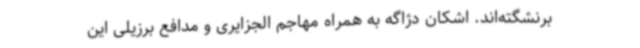
برنشگته‌اند. اشکان دژاگه به همراه مهاجم الجزایری و مدافع برزیلی این